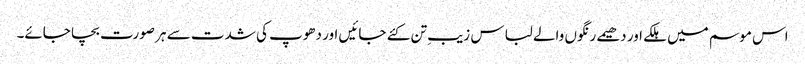
اس موسم میں ہلکے اور دھیمے رنگوں والے لباس زیبِ تن کئے جائیں اور دھوپ کی شدت سے ہر صورت بچا جائے۔